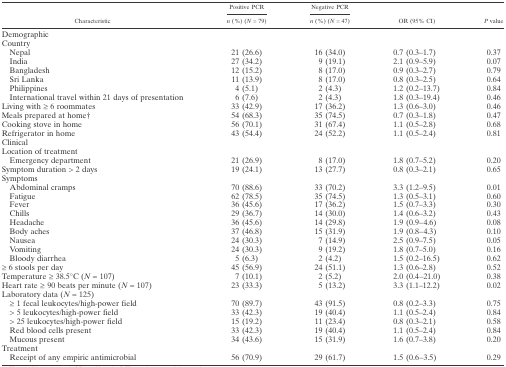
<table><thead><tr><td rowspan="2"><b>Characteristic</b></td><td><b>Positive PCR</b></td><td><b>Negative PCR</b></td><td rowspan="2"><b>OR (95% CI)</b></td><td rowspan="2"><b><i>P</i> value</b></td></tr><tr><td><b><i>n</i> (%) (<i>N</i> = 79)</b></td><td><b><i>n</i> (%) (<i>N</i> = 47)</b></td></tr></thead><tbody><tr><td colspan="5">Demographic</td></tr><tr><td colspan="5">Country</td></tr><tr><td> Nepal</td><td>21 (26.6)</td><td>16 (34.0)</td><td>0.7 (0.3–1.7)</td><td>0.37</td></tr><tr><td> India</td><td>27 (34.2)</td><td>9 (19.1)</td><td>2.1 (0.9–5.9)</td><td>0.07</td></tr><tr><td> Bangladesh</td><td>12 (15.2)</td><td>8 (17.0)</td><td>0.9 (0.3–2.7)</td><td>0.79</td></tr><tr><td> Sri Lanka</td><td>11 (13.9)</td><td>8 (17.0)</td><td>0.8 (0.3–2.5)</td><td>0.64</td></tr><tr><td> Philippines</td><td>4 (5.1)</td><td>2 (4.3)</td><td>1.2 (0.2–13.7)</td><td>0.84</td></tr><tr><td> International travel within 21 days of presentation</td><td>6 (7.6)</td><td>2 (4.3)</td><td>1.8 (0.3–19.4)</td><td>0.46</td></tr><tr><td>Living with ≥ 6 roommates</td><td>33 (42.9)</td><td>17 (36.2)</td><td>1.3 (0.6–3.0)</td><td>0.46</td></tr><tr><td>Meals prepared at home†</td><td>54 (68.3)</td><td>35 (74.5)</td><td>0.7 (0.3–1.8)</td><td>0.47</td></tr><tr><td>Cooking stove in home</td><td>56 (70.1)</td><td>31 (67.4)</td><td>1.1 (0.5–2.8)</td><td>0.68</td></tr><tr><td>Refrigerator in home</td><td>43 (54.4)</td><td>24 (52.2)</td><td>1.1 (0.5–2.4)</td><td>0.81</td></tr><tr><td colspan="5">Clinical</td></tr><tr><td colspan="5">Location of treatment</td></tr><tr><td> Emergency department</td><td>21 (26.9)</td><td>8 (17.0)</td><td>1.8 (0.7–5.2)</td><td>0.20</td></tr><tr><td>Symptom duration &gt; 2 days</td><td>19 (24.1)</td><td>13 (27.7)</td><td>0.8 (0.3–2.1)</td><td>0.65</td></tr><tr><td colspan="5">Symptoms</td></tr><tr><td> Abdominal cramps</td><td>70 (88.6)</td><td>33 (70.2)</td><td>3.3 (1.2–9.5)</td><td>0.01</td></tr><tr><td> Fatigue</td><td>62 (78.5)</td><td>35 (74.5)</td><td>1.3 (0.5–3.1)</td><td>0.60</td></tr><tr><td> Fever</td><td>36 (45.6)</td><td>17 (36.2)</td><td>1.5 (0.7–3.3)</td><td>0.30</td></tr><tr><td> Chills</td><td>29 (36.7)</td><td>14 (30.0)</td><td>1.4 (0.6–3.2)</td><td>0.43</td></tr><tr><td> Headache</td><td>36 (45.6)</td><td>14 (29.8)</td><td>1.9 (0.9–4.6)</td><td>0.08</td></tr><tr><td> Body aches</td><td>37 (46.8)</td><td>15 (31.9)</td><td>1.9 (0.8–4.3)</td><td>0.10</td></tr><tr><td> Nausea</td><td>24 (30.3)</td><td>7 (14.9)</td><td>2.5 (0.9–7.5)</td><td>0.05</td></tr><tr><td> Vomiting</td><td>24 (30.3)</td><td>9 (19.2)</td><td>1.8 (0.7–5.0)</td><td>0.16</td></tr><tr><td> Bloody diarrhea</td><td>5 (6.3)</td><td>2 (4.2)</td><td>1.5 (0.2–16.5)</td><td>0.62</td></tr><tr><td>≥ 6 stools per day</td><td>45 (56.9)</td><td>24 (51.1)</td><td>1.3 (0.6–2.8)</td><td>0.52</td></tr><tr><td>Temperature ≥ 38.5°C (<i>N</i> = 107)</td><td>7 (10.1)</td><td>2 (5.2)</td><td>2.0 (0.4–21.0)</td><td>0.38</td></tr><tr><td>Heart rate ≥ 90 beats per minute (<i>N</i> = 107)</td><td>23 (33.3)</td><td>5 (13.2)</td><td>3.3 (1.1–12.2)</td><td>0.02</td></tr><tr><td colspan="5">Laboratory data (<i>N</i> = 125)</td></tr><tr><td> ≥ 1 fecal leukocytes/high-power field</td><td>70 (89.7)</td><td>43 (91.5)</td><td>0.8 (0.2–3.3)</td><td>0.75</td></tr><tr><td> &gt; 5 leukocytes/high-power field</td><td>33 (42.3)</td><td>19 (40.4)</td><td>1.1 (0.5–2.4)</td><td>0.84</td></tr><tr><td> &gt; 25 leukocytes/high-power field</td><td>15 (19.2)</td><td>11 (23.4)</td><td>0.8 (0.3–2.1)</td><td>0.58</td></tr><tr><td> Red blood cells present</td><td>33 (42.3)</td><td>19 (40.4)</td><td>1.1 (0.5–2.4)</td><td>0.84</td></tr><tr><td> Mucous present</td><td>34 (43.6)</td><td>15 (31.9)</td><td>1.6 (0.7–3.8)</td><td>0.20</td></tr><tr><td colspan="5">Treatment</td></tr><tr><td> Receipt of any empiric antimicrobial</td><td>56 (70.9)</td><td>29 (61.7)</td><td>1.5 (0.6–3.5)</td><td>0.29</td></tr></tbody></table>